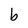
Character: b